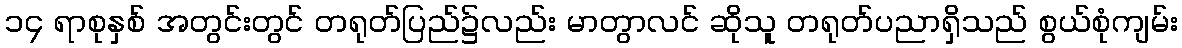
၁၄ ရာစုနှစ် အတွင်းတွင် တရုတ်ပြည်၌လည်း မာတွာလင် ဆိုသူ တရုတ်ပညာရှိသည် စွယ်စုံကျမ်း